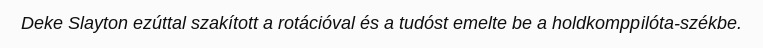
Deke Slayton ezúttal szakított a rotációval és a tudóst emelte be a holdkomppilóta-székbe.